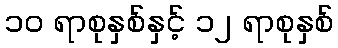
၁၀ ရာစုနှစ်နှင့် ၁၂ ရာစုနှစ်